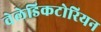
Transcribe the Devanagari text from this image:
वेलेडिकटोरियन